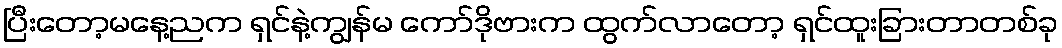
ပြီးတော့မနေ့ညက ရှင်နဲ့ကျွန်မ ကော်ဒိုဗားက ထွက်လာတော့ ရှင်ထူးခြားတာတစ်ခု